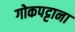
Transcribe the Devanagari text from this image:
गोकपट्टाना